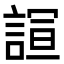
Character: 𮘙